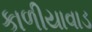
કાળીયાવાડ